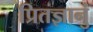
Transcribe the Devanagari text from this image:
प्रितज्ञानुं